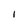
Character: l